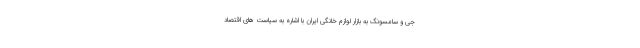
جی و سامسونگ به بازار لوازم خانگی ایران با اشاره به سیاست های اقتصاد